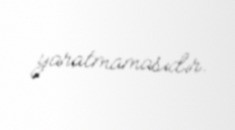
yaratmamasıdır.